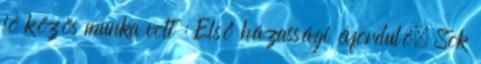
jó közös munka volt : Első házassági évforduló. Sok